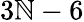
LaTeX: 3\mathbb{N}-6